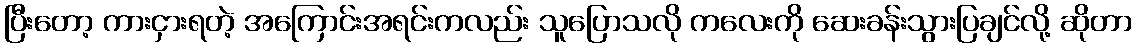
ပြီးတော့ ကားငှားရတဲ့ အကြောင်းအရင်းကလည်း သူပြောသလို ကလေးကို ဆေးခန်းသွားပြချင်လို့ ဆိုတာ